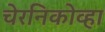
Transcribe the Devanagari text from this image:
चेरनिकोव्हा